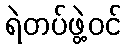
ရဲတပ်ဖွဲ့ဝင်